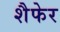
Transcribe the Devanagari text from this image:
शैफेर